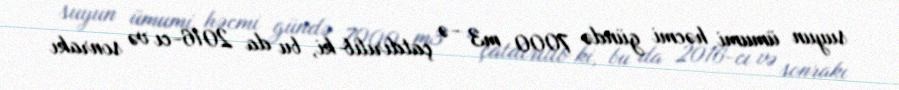
suyun ümumi həcmi gündə 7000 m3 -ə çatdırılıb ki, bu da 2016-cı və sonrakı